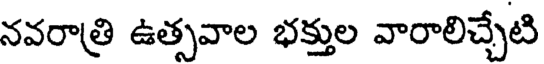
నవరాత్రి ఉత్సవాల భక్తుల వారాలిచ్చేటి